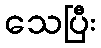
သေပြီး